Source: Handwritten
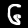
Digit: ၆ (6)